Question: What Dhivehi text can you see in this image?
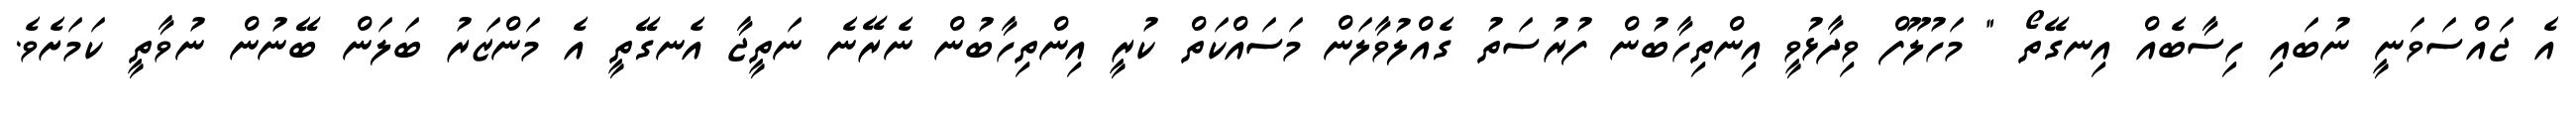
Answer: އެ ޖައްސަވަނީ ނުބައި ހިސާބެއް އިނގޭތޯ " މަހުލޫފް ވިދާޅުވީ އިންތިހާބުން ފުރުސަތު ގެއްލުވާލަން މަސައްކަތް ކުރީ އިންތިހާބުން ނެރޭނެ ނަތީޖާ އެނގޭތީ އެ މަންޒަރު ބަލަން ބޭނުން ނުވާތީ ކަމަށެވެ.